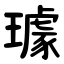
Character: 璩